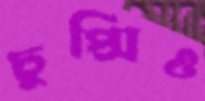
চুপ্‌সিও